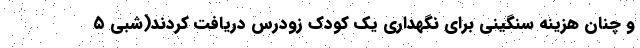
و چنان هزینه سنگینی برای نگهداری یک کودک زودرس دریافت کردند(شبی ۵